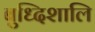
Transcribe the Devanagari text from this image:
बुध्दिशालि